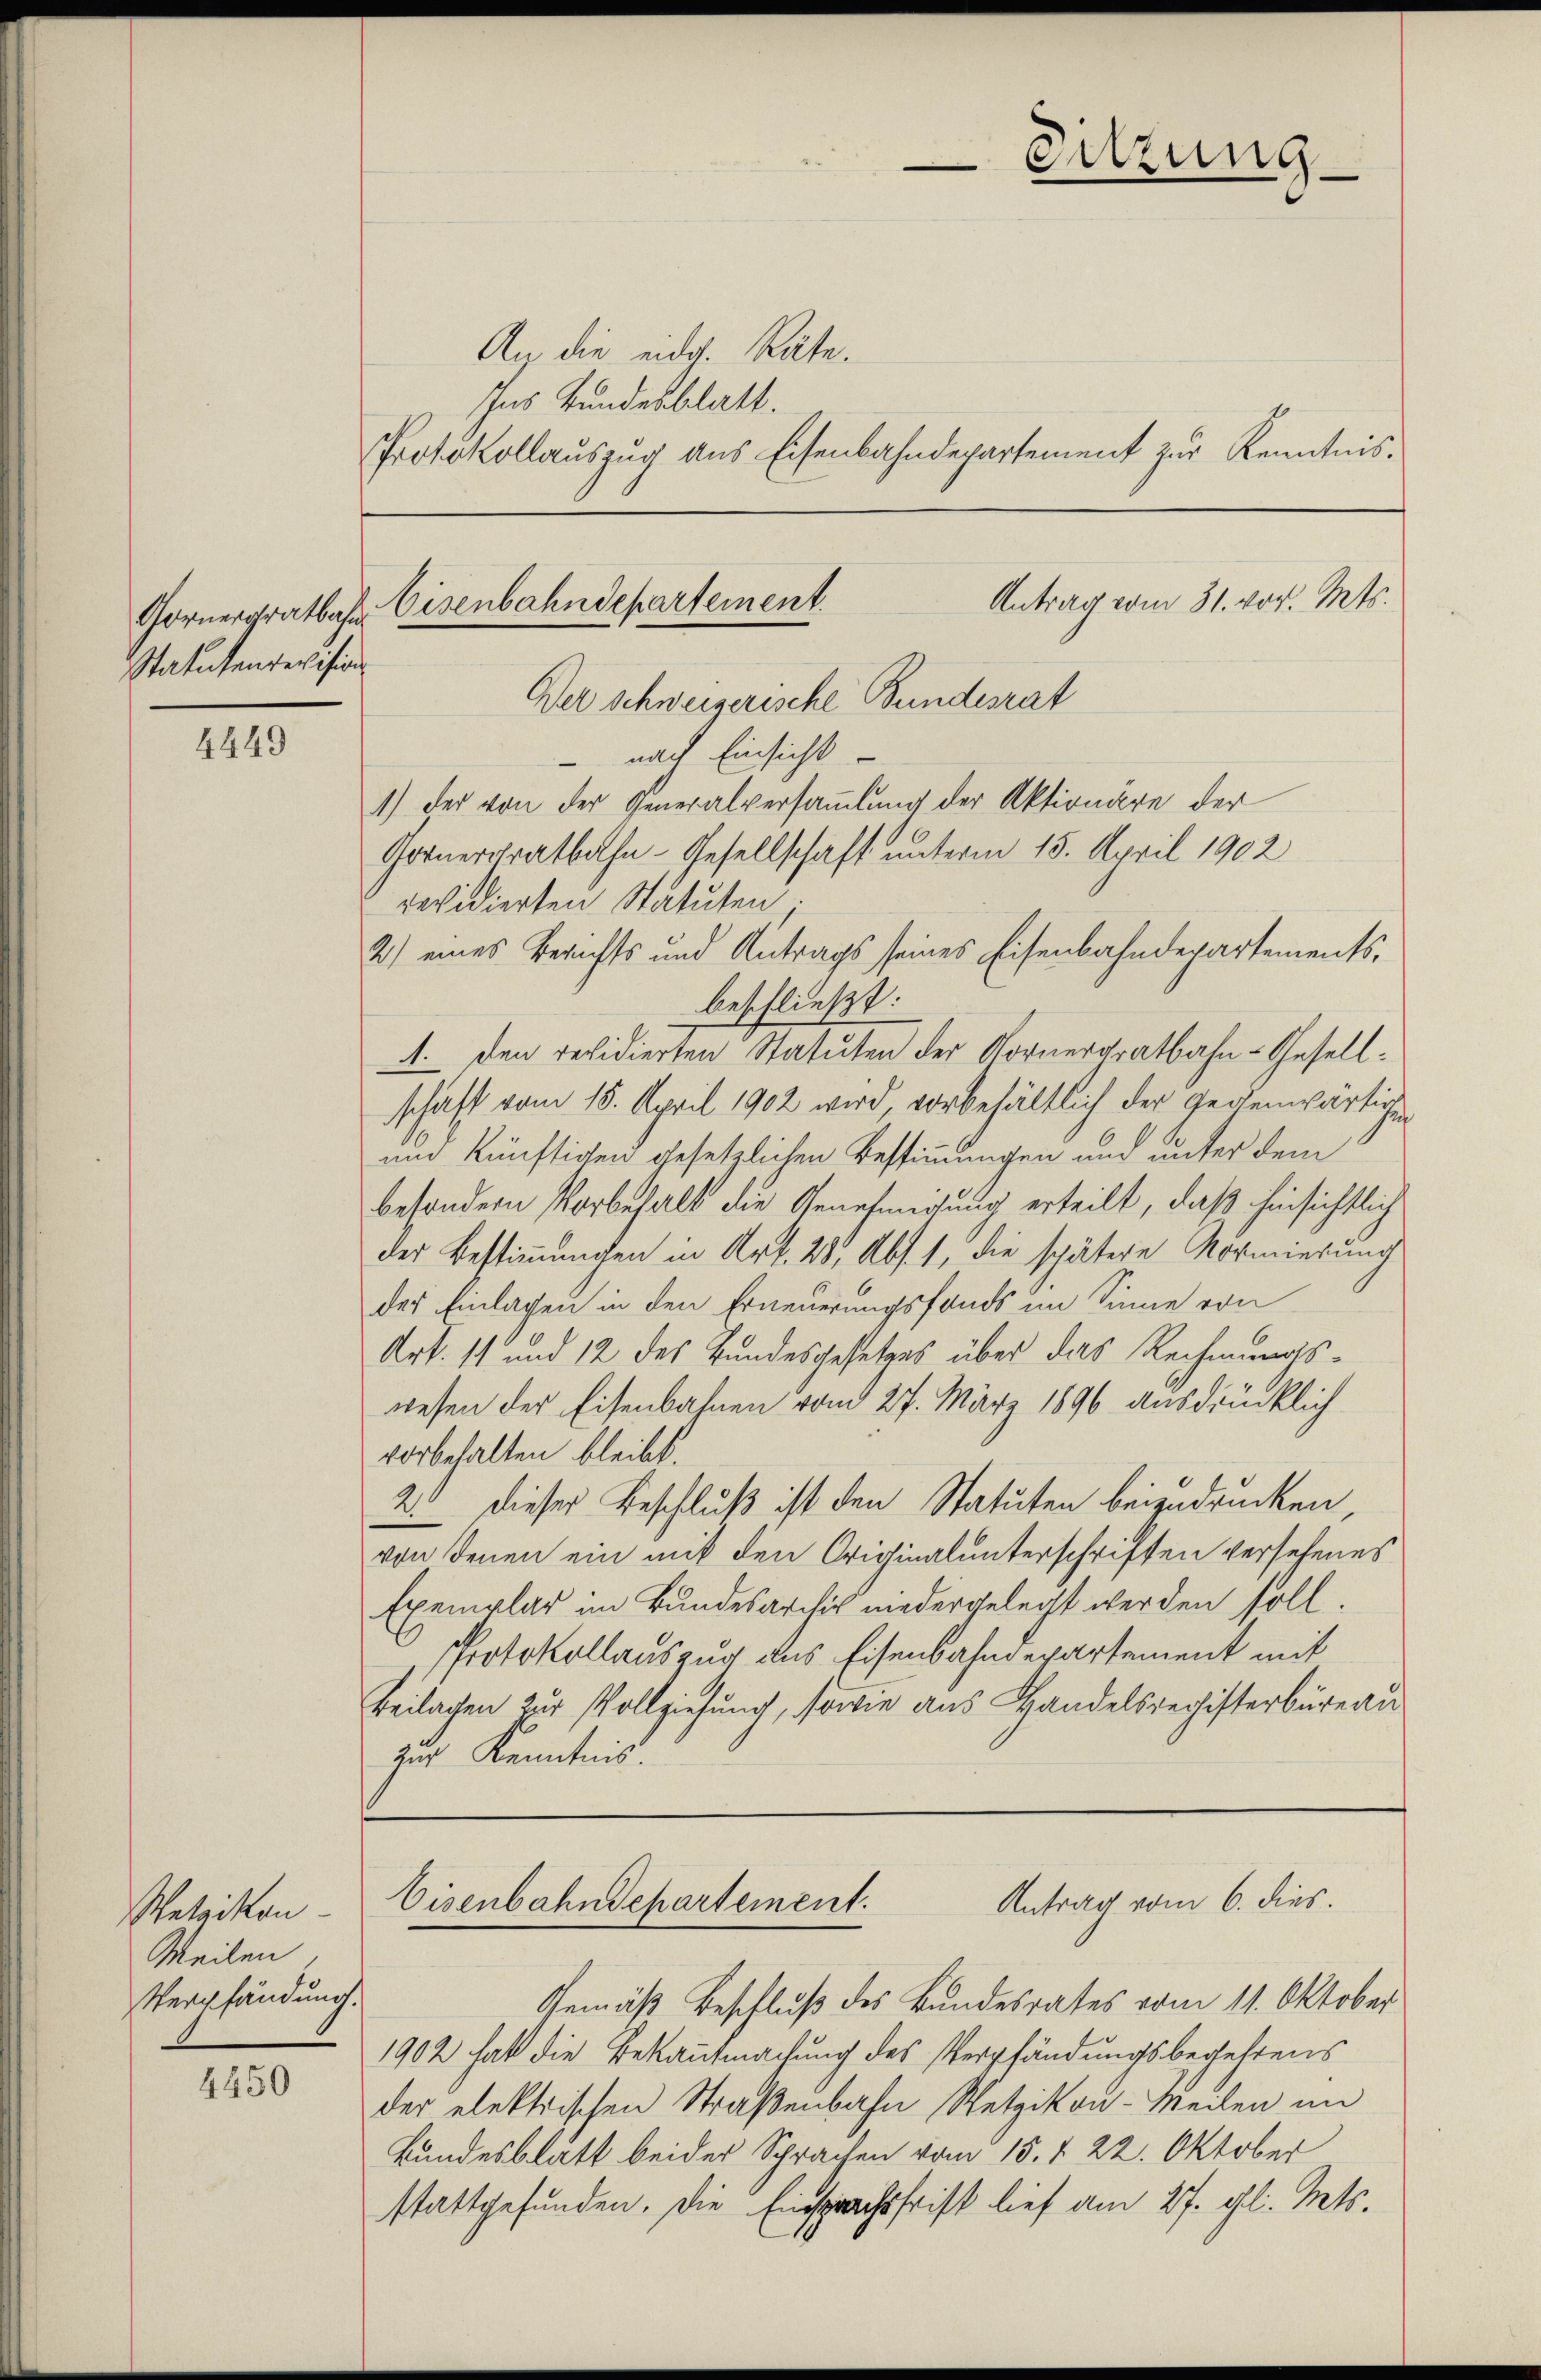
Statutenrevision

4449

Wetzikon
Meilen
Verpfändung.

4450

Gornergratbahn. Eisenbahndepartement

An die eidg. Räte.
Ins Bundesblatt.
Protokollauszug aus Eisenbahndepartement zur Kenntnis.

Sitzung
Antrag vom 31. vor. Mts.
Der schweizerische Bundesrat
nach Einsicht
1.) Der von der Generalversammlung der Aktionäre der
Gornerratbahn-Gesellschaft unterm 15. April 1902

revidierten Statuten.
2) eines Berichts und Antrags seines Eisenbahndepartementsbeschließt:
A. Den revidierten Statuten der Kornergratbahn-Gesellschaft vom 18. April 1902 wird, vorbehältlich der gegenwärtigen
und künftigen gesetzlichen Bestimmungen und unter dem
besondern Vorbehalt die Genehmigung erteilt, daß hinsichtlich
der Bestimmungen in Art. 28, Abs. 1, die spätere Vormierung
der Einlagen in den Erneuerungsfonds im Sinne von
Art. 11 und 12 des Bundesgesetzes über das Rechnungswesen der Eisenbahnen vom 27. März 1896 ausdrücklich
vorbehalten bleibt.
2. dieser Beschluß ist den Statuten beizudrucken,
von denen ein mit den Originalunterschriften versehenes
Exemplar im Bundesarchiv niedergelegt werden soll.
Protokollauszug aus Eisenbahndepartement mit
Beilagen zur Vollziehung, sowie aus Handelsregisterbüreau
zur Kenntnis.

1902 hat die Bekantmachung des Verpfändungsbegehrens
der elektrischen Straßenbahn Wetzikon-Meilen im
Bundesblatt beider Sprachen vom 15. d. 22. Oktober
stattgefunden. Die Einsprachsfrist lief am 27. gl. Mts.

Eisenbahndepartement.
Antrag vom 6. dies.
Gemäß Beschluß des Bundesrates vom 11. Oktober